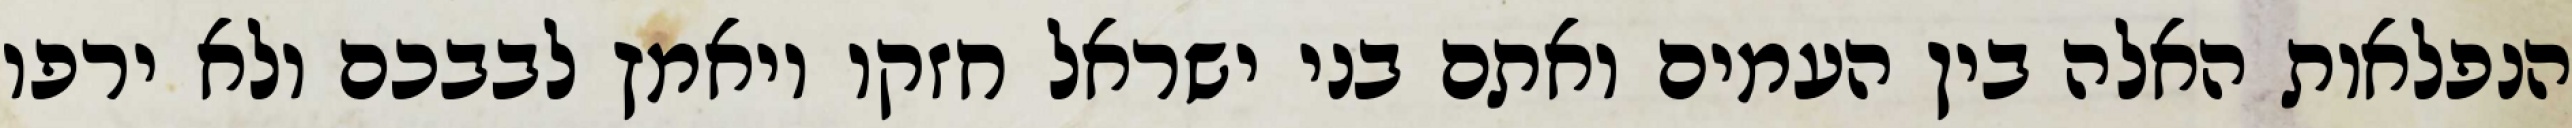
הנפלאות האלה בין העמים ואתם בני ישראל חזקו ויאמץ לבבכם ולא ירפו